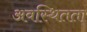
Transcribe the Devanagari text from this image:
अवस्थितता